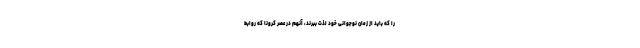
را که باید از زمان نوجوانی خود لذت ببرند، آنهم در عصر کرونا که روابط